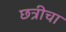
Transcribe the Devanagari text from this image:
छत्रीचा